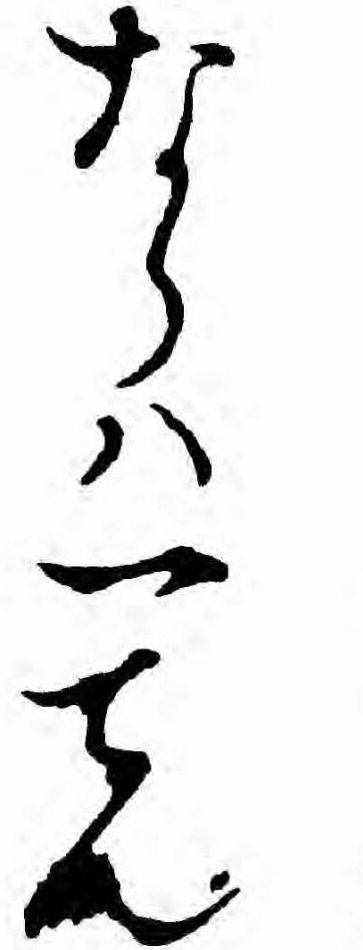
ならハ一てん